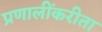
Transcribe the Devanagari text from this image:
प्रणालींकरीता